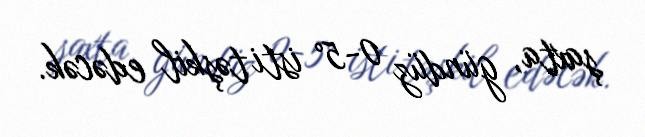
şaxta, gündüz 0-5° isti təşkil edəcək.